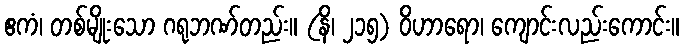
ဧကံ၊ တစ်မျိုးသော ဂရုဘဏ်တည်း။ (နိ၊ ၂၁၅) ဝိဟာရော၊ ကျောင်းလည်းကောင်း။